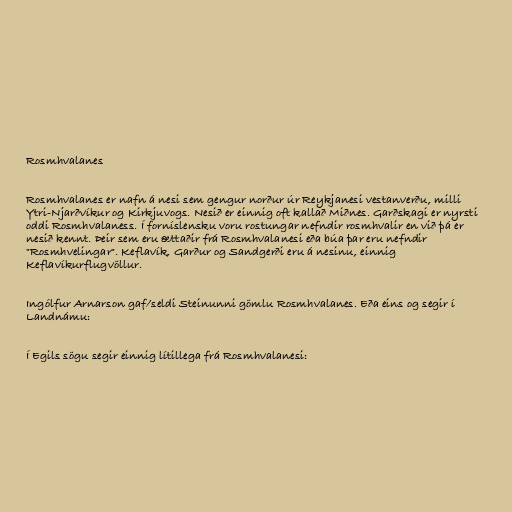
Rosmhvalanes

Rosmhvalanes er nafn á nesi sem gengur norður úr Reykjanesi vestanverðu, milli
Ytri-Njarðvíkur og Kirkjuvogs. Nesið er einnig oft kallað Miðnes. Garðskagi er nyrsti
oddi Rosmhvalaness. Í forníslensku voru rostungar nefndir rosmhvalir en við þá er
nesið kennt. Þeir sem eru ættaðir frá Rosmhvalanesi eða búa þar eru nefndir
"Rosmhvelingar". Keflavík, Garður og Sandgerði eru á nesinu, einnig
Keflavíkurflugvöllur.

Ingólfur Arnarson gaf/seldi Steinunni gömlu Rosmhvalanes. Eða eins og segir í
Landnámu:

Í Egils sögu segir einnig lítillega frá Rosmhvalanesi: